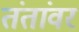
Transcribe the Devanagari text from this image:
तंतांवर